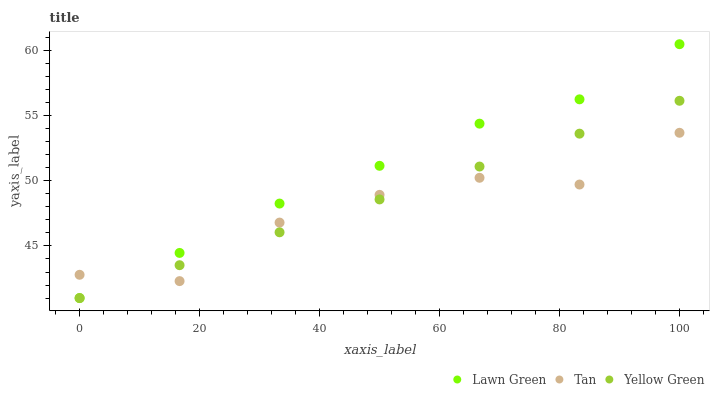
| xaxis_label | Lawn Green | Tan | Yellow Green |
 | --- | --- | --- | --- |
 | 0 | 41 | 42.8 | 41 |
 | 16.7 | 44.5 | 42.3 | 43.5 |
 | 33.3 | 48.3 | 46.8 | 46 |
 | 50 | 51.2 | 48.9 | 48.6 |
 | 66.7 | 54.4 | 50.2 | 51.1 |
 | 83.3 | 56.3 | 49.7 | 53.6 |
 | 100 | 60.5 | 53.7 | 56.1 |